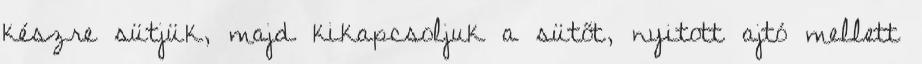
készre sütjük, majd kikapcsoljuk a sütőt, nyitott ajtó mellett